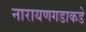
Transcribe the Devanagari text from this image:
नारायणगडाकडे